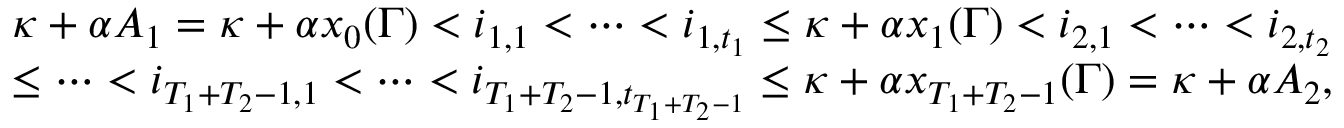
\begin{array} { r l r } & { } & { \kappa + \alpha A _ { 1 } = \kappa + \alpha x _ { 0 } ( \Gamma ) < i _ { 1 , 1 } < \cdots < i _ { 1 , t _ { 1 } } \leq \kappa + \alpha x _ { 1 } ( \Gamma ) < i _ { 2 , 1 } < \cdots < i _ { 2 , t _ { 2 } } } \\ & { } & { \leq \cdots < i _ { T _ { 1 } + T _ { 2 } - 1 , 1 } < \cdots < i _ { T _ { 1 } + T _ { 2 } - 1 , t _ { T _ { 1 } + T _ { 2 } - 1 } } \leq \kappa + \alpha x _ { T _ { 1 } + T _ { 2 } - 1 } ( \Gamma ) = \kappa + \alpha A _ { 2 } , } \end{array}